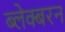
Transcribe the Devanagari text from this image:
ब्लेक्बरन